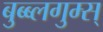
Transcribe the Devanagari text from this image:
बुब्ब्लगुम्स्